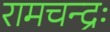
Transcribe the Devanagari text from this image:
रामचन्द्रः